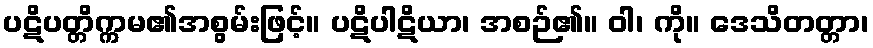
ပဋိပတ္တိက္ကမ၏အစွမ်းဖြင့်။ ပဋိပါဋိယာ၊ အစဉ်၏။ ဝါ၊ ကို။ ဒေသိတတ္တာ၊